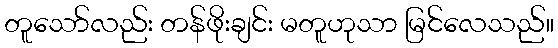
တူသော်လည်း တန်ဖိုးချင်း မတူဟုသာ မြင်လေသည်။